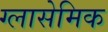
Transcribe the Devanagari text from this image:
ग्लासेमिक